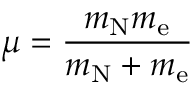
\mu = { \frac { m _ { \mathrm { N } } m _ { \mathrm { e } } } { m _ { \mathrm { N } } + m _ { \mathrm { e } } } }